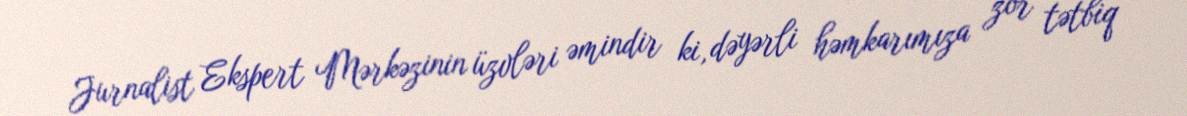
Jurnalist Ekspert Mərkəzinin üzvləri əmindir ki, dəyərli həmkarımıza zor tətbiq